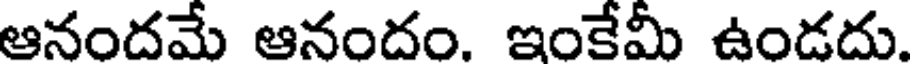
ఆనందమే ఆనందం. ఇంకేమీ ఉండదు.